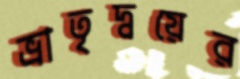
ভ্রাতৃদ্বয়ের